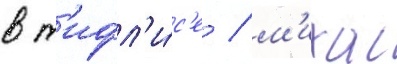
в т'ифл'и́с'е / м'иха